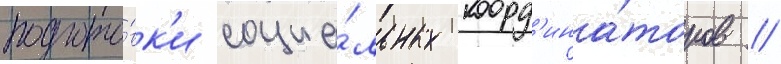
подгото́вк'и социа́льных коорд'ина́торов //